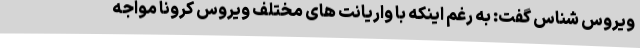
ویروس شناس گفت: به رغم اینکه با واریانت های مختلف ویروس کرونا مواجه